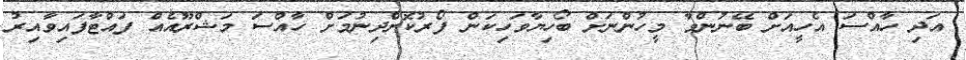
އަދި ހާއްސަ އެހީއަށް ބޭނުންވާ މީހުންނަށް ބޯހިޔާވަހިކަން ފޯރުކޮށްދިނުމަށް ހާއްސަ މަޝްރޫއެއް ފައްޓާފައިވާއިރު